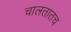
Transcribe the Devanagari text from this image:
चालतातच